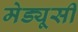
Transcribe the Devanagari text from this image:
मेड्यूसी